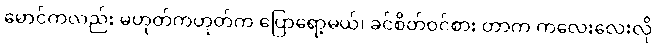
မောင်ကလည်း မဟုတ်ကဟုတ်က ပြောရော့မယ်၊ ခင်စိတ်ဝင်စား တာက ကလေးလေးလို